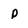
Character: p